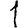
Digit: 1